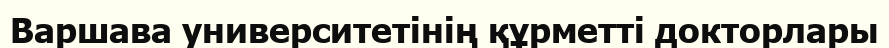
Варшава университетінің құрметті докторлары